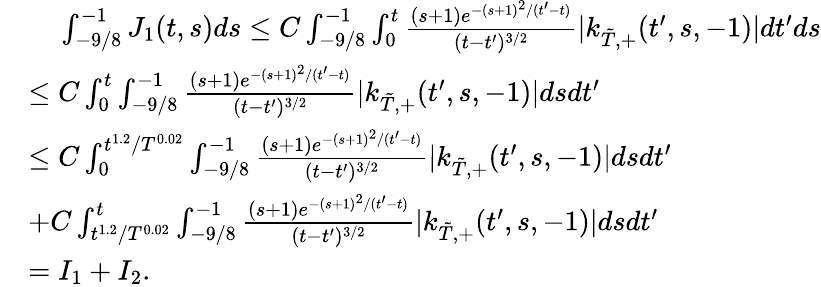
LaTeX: \begin{array}{rl}&{\ \ \ \ \int_{-9/8}^{-1}J_{1}(t,s)ds\leq C\int_{-9/8}^{-1}\int_{0}^{t}\frac{(s+1)e^{-(s+1)^{2}/(t^{\prime}-t)}}{(t-t^{\prime})^{3/2}}|k_{{\tilde{T}},+}(t^{\prime},s,-1)|dt^{\prime}ds}\\ &{\leq C\int_{0}^{t}\int_{-9/8}^{-1}\frac{(s+1)e^{-(s+1)^{2}/(t^{\prime}-t)}}{(t-t^{\prime})^{3/2}}|k_{{\tilde{T}},+}(t^{\prime},s,-1)|dsdt^{\prime}}\\ &{\leq C\int_{0}^{t^{1.2}/T^{0.02}}\int_{-9/8}^{-1}\frac{(s+1)e^{-(s+1)^{2}/(t^{\prime}-t)}}{(t-t^{\prime})^{3/2}}|k_{{\tilde{T}},+}(t^{\prime},s,-1)|dsdt^{\prime}}\\ &{+C\int_{t^{1.2}/T^{0.02}}^{t}\int_{-9/8}^{-1}\frac{(s+1)e^{-(s+1)^{2}/(t^{\prime}-t)}}{(t-t^{\prime})^{3/2}}|k_{{\tilde{T}},+}(t^{\prime},s,-1)|dsdt^{\prime}}\\ &{=I_{1}+I_{2}.}\end{array}